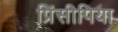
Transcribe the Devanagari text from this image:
प्रिंसीपिया